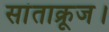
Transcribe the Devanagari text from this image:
सांताक्रूज।